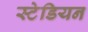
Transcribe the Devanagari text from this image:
स्टेडियन